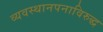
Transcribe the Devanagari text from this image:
व्यवस्थानपनाविरुद्ध